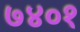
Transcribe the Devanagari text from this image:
७४०१